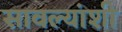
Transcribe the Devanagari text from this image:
सावल्यांशी